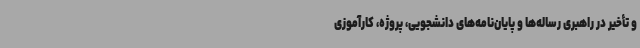
و تأخیر در راهبری رساله‌ها و پایان‌نامه‌های دانشجویی، پروژه، کارآموزی